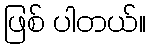
ဖြစ် ပါတယ်။